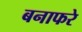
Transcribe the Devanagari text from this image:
बनाफरे